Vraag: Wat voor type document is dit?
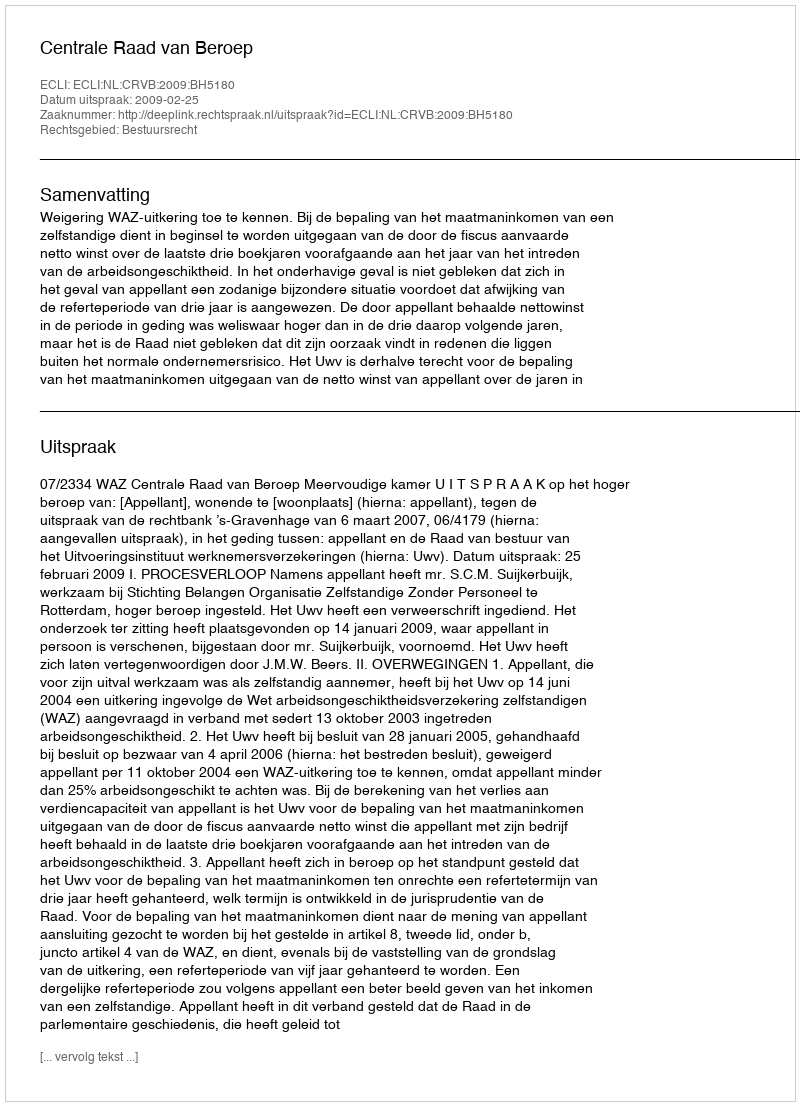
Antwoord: Uitspraak